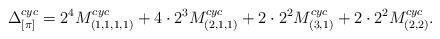
LaTeX: \begin{align*}\Delta_{[\pi]}^{cyc} = 2^4M^{cyc}_{(1,1,1,1)}+4\cdot 2^3M^{cyc}_{(2,1,1)}+2\cdot 2^2M^{cyc}_{(3,1)}+2\cdot 2^2M^{cyc}_{(2,2)}.\end{align*}